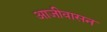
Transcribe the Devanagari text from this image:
आजीवासन